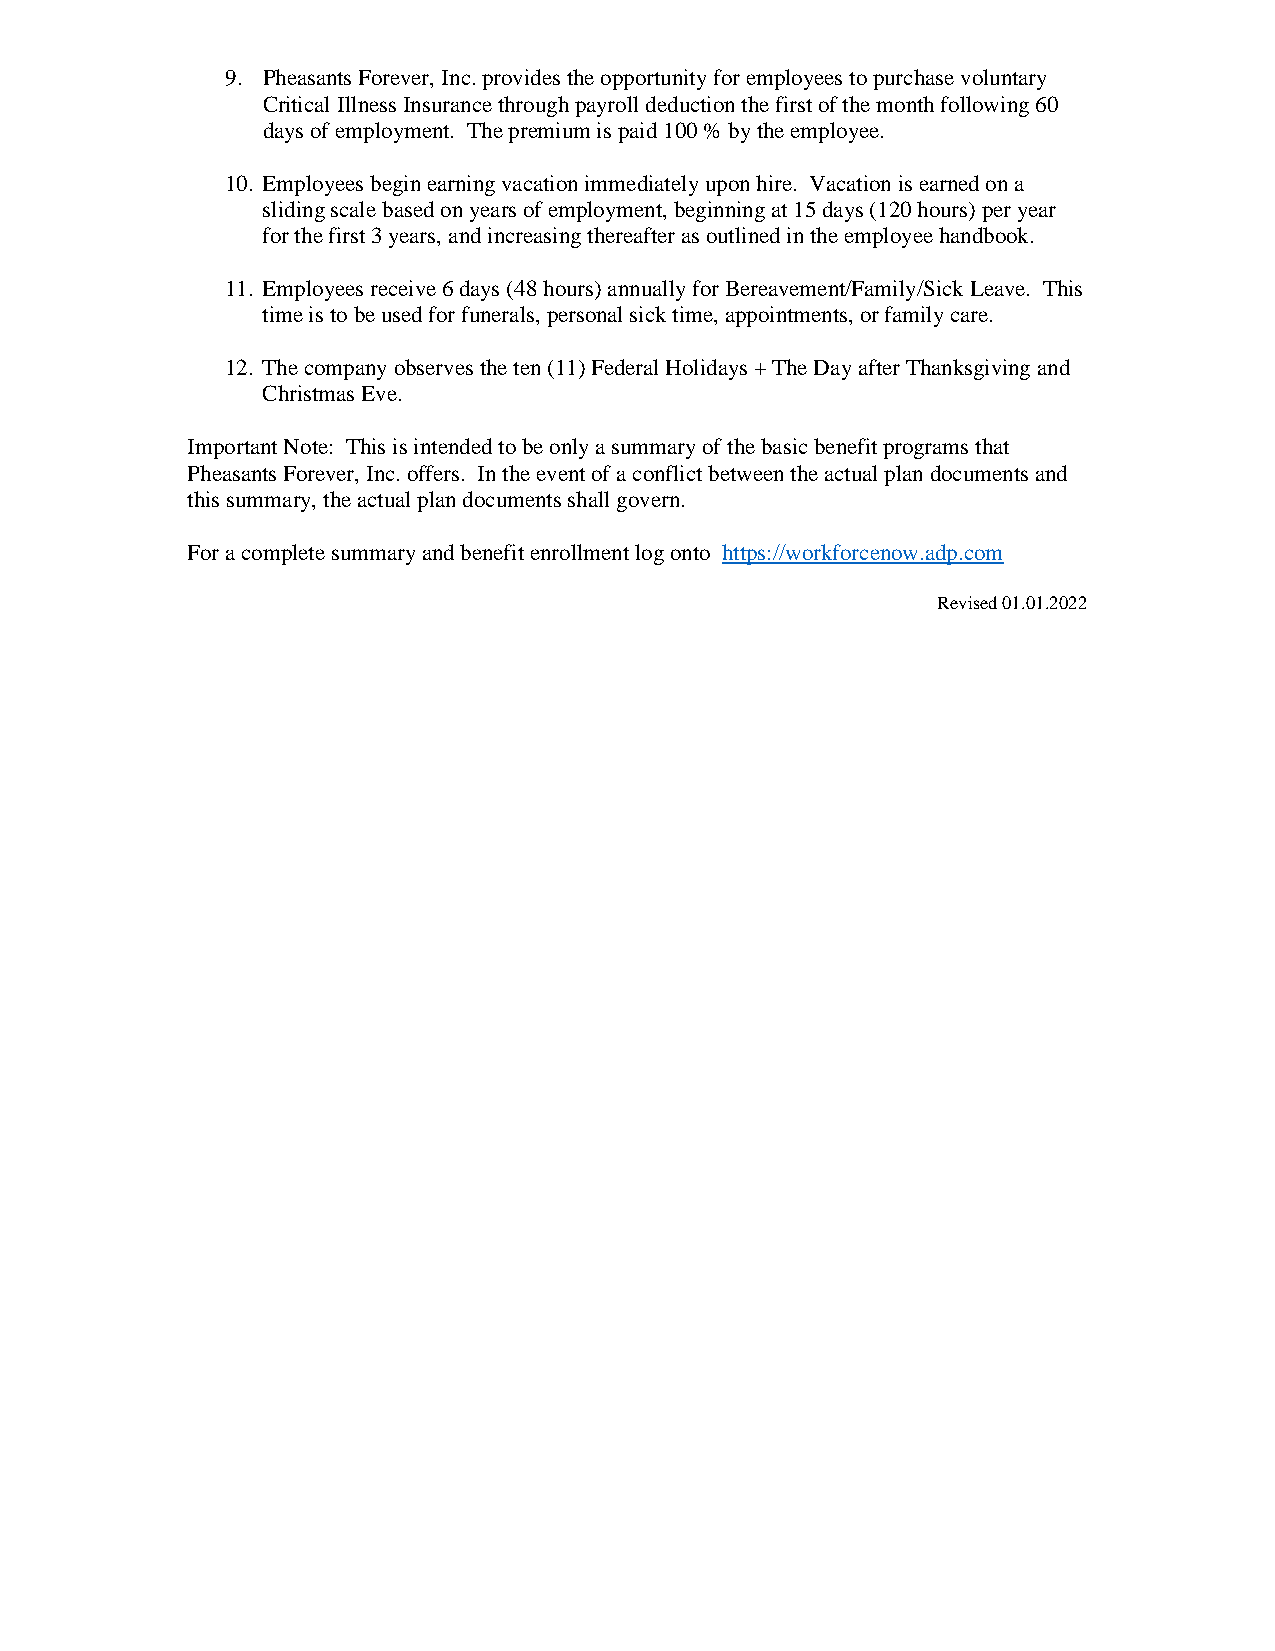
9. Pheasants Forever, Inc. provides the opportunity for employees to purchase voluntary
 Critical Illness Insurance through payroll deduction the first of the month following 60
 days of employment. The premium is paid 100 % by the employee.
 10. Employees begin earning vacation immediately upon hire. Vacation is earned on a
 sliding scale based on years of employment, beginning at 15 days (120 hours) per year
 for the first 3 years, and increasing thereafter as outlined in the employee handbook.
 11. Employees receive 6 days (48 hours) annually for Bereavement/Family/Sick Leave. This
 time is to be used for funerals, personal sick time, appointments, or family care.
 12. The company observes the ten (11) Federal Holidays + The Day after Thanksgiving and
 Christmas Eve.
 Important Note: This is intended to be only a summary of the basic benefit programs that
 Pheasants Forever, Inc. offers. In the event of a conflict between the actual plan documents and
 this summary, the actual plan documents shall govern.
 For a complete summary and benefit enrollment log onto https://workforcenow.adp.com
 Revised 01.01.2022